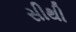
સીથી